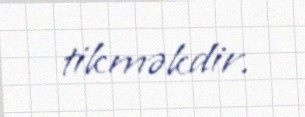
tikməkdir.